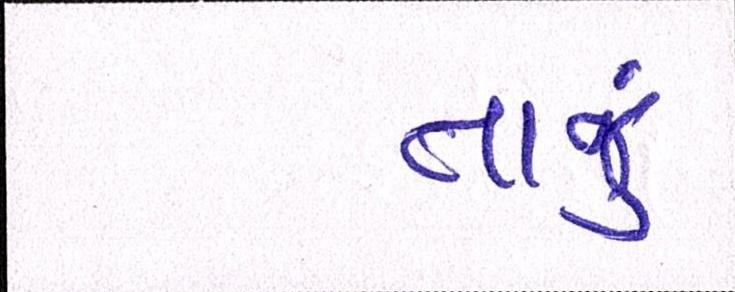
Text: તાજું